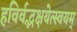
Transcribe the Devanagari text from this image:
हविर्वद्भक्षयेत्स्वयम्